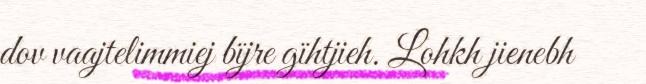
dov vaajtelimmiej bïjre gïhtjieh. Lohkh jienebh